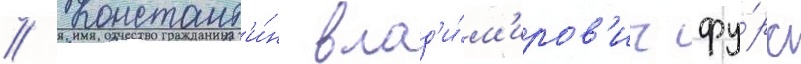
// Констант'и́н влад'и́м'иров'ич фу́рс